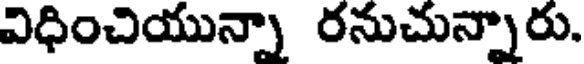
విధించియున్నా రనుచున్నారు.